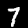
Label: 7